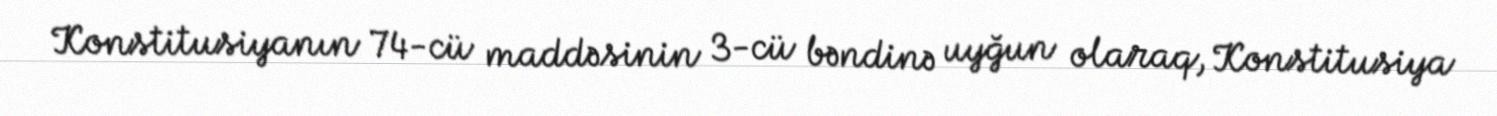
Konstitusiyanın 74-cü maddəsinin 3-cü bəndinə uyğun olaraq, Konstitusiya